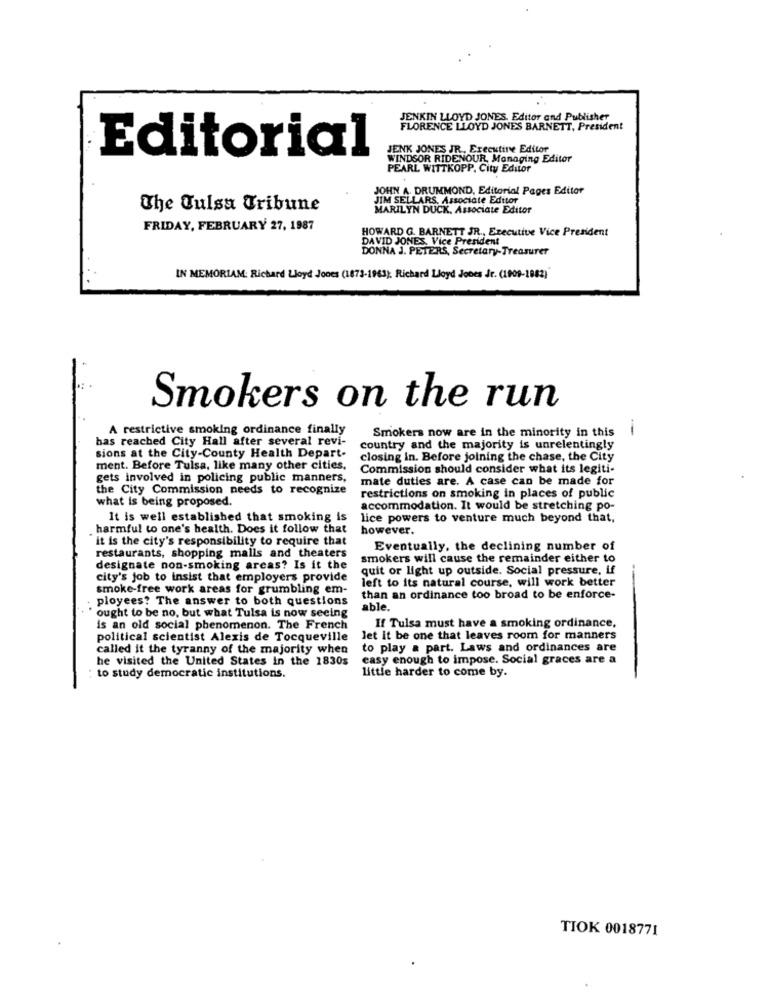
JENKIN LLOYD JONES. Editor and Publisher
FLORENCE LLOYD JONES BARNETT, President
JENK JONES JR ., Executive Editor
Editorial
WINDSOR RIDENOUR, Managing Editor
PEARL WITTKOPP, City Editor
JOHN A. DRUMMOND, Editorial Pages Editor
JIM SELLARS, Associate Editor
The Culsa Tribune
MARILYN DUCK, Associate Editor
FRIDAY, FEBRUARY 27, 1987
HOWARD G. BARNETT JR ., Executive Vice President
DAVID JONES, Vice President
DONNA J. PETERS, Secretary-Treasurer
IN MEMORIAM: Richard Lloyd Jones (1873-1963); Richard Lloyd Jones Jr. (1909-1982)
Smokers on the run
A restrictive smoking ordinance finally
1
has reached City Hall after several revi-
Smokers now are in the minority in this
sions at the City-County Health Depart-
country and the majority is unrelentingly
closing in. Before joining the chase, the City
ment. Before Tulsa, like many other cities,
Commission should consider what its legiti-
gets involved in policing public manners,
mate duties are. A case can be made for
the City Commission needs to recognize
restrictions on smoking in places of public
what is being proposed.
accommodation. It would be stretching po-
It is well established that smoking is
lice powers to venture much beyond that,
harmful to one's health. Does it follow that
however.
it is the city's responsibility to require that
Eventually, the declining number of
restaurants, shopping malls and theaters
smokers will cause the remainder either to
designate non-smoking areas? Is it the
quit or light up outside. Social pressure, if
city's job to insist that employers provide
left to its natural course, will work better
smoke-free work areas for grumbling em-
ployees? The answer to both questions
than an ordinance too broad to be enforce-
able.
" ought to be no, but what Tulsa is now seeing
is an old social phenomenon. The French
If Tulsa must have a smoking ordinance,
political scientist Alexis de Tocqueville
let it be one that leaves room for manners
called it the tyranny of the majority when
to play a part. Laws and ordinances are
he visited the United States in the 1830s
easy enough to impose. Social graces are a
little harder to come by.
to study democratic institutions.
TIOK 0018771